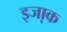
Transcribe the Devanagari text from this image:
इजा़क